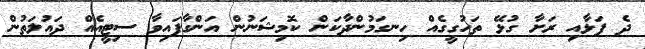
ދެ ފަޅާއި ރަށާ ގުޅޭ ތަހުގީގެއް ހިނގަމުންދާކަން ކޮމިޝަނުން އަންގާފައިވާ ސިޓީއެއް ދައުލަތުން